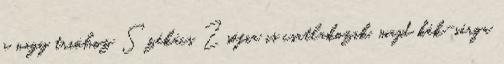
a nagy trióhoz Székács Zsófia is csatlakozik, majd kék-sárga